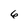
Character: 6